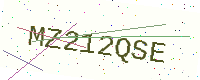
Text: MZ212QSE